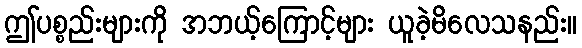
ဤပစ္စည်းများကို အဘယ့်ကြောင့်များ ယူခဲ့မိလေသနည်း။